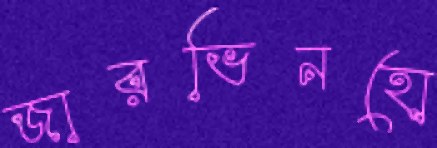
জারভিনহো